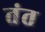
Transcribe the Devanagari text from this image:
तंत